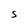
Character: S